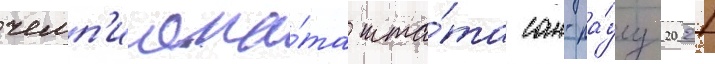
чемп'иона́та шта́та сан-па́улу 2021